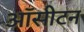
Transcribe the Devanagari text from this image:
ऑसीटन